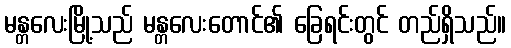
မန္တလေးမြို့သည် မန္တလေးတောင်၏ ခြေရင်းတွင် တည်ရှိသည်။